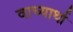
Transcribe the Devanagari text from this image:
वाच्यार्था